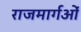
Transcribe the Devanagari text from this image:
राजमार्गओं